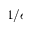
1 / \epsilon